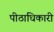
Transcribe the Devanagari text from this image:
पीठाधिकारी